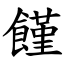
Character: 饉